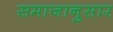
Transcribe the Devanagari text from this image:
समाजानुसार